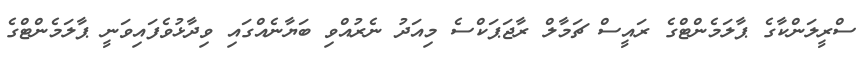
ސްރީލަންކާގެ ޕާލަމެންޓްގެ ރައީސް ޗަމާލް ރާޖަޕަކްސެ މިއަދު ނެރުއްވި ބަޔާނެއްގައި ވިދާޅުވެފައިވަނީ ޕާލަމެންޓްގެ